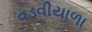
વડવીયાળા